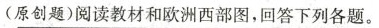
(原创题)阅读教材和欧洲西部图，回答下列各题。